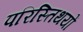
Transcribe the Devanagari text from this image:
परिस्तिथयों